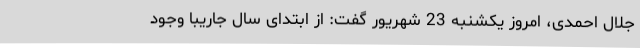
جلال احمدی، امروز یکشنبه 23 شهریور گفت: از ابتدای سال جاریبا وجود